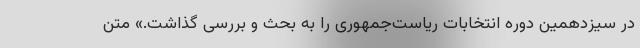
در سیزدهمین دوره انتخابات ریاست‌جمهوری را به بحث و بررسی گذاشت.» متن